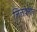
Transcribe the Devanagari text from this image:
लिलवेलीन